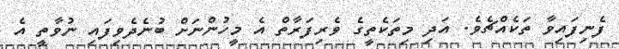
ފެނިފައިވާ ތަކެއްޗެވެ. އަދި މިތަކެތީގެ ވެރިފަރާތް އެ މީހުންނަށް ބުނެދެވިފައި ނުވާތީ އެ